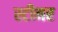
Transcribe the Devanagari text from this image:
स्‍टीमर